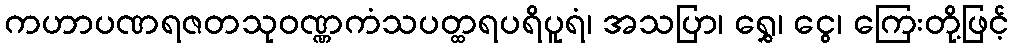
ကဟာပဏရဇတသုဝဏ္ဏကံသပတ္ထရပရိပူရံ၊ အသပြာ၊ ရွှေ၊ ငွေ၊ ကြေးတို့ဖြင့်